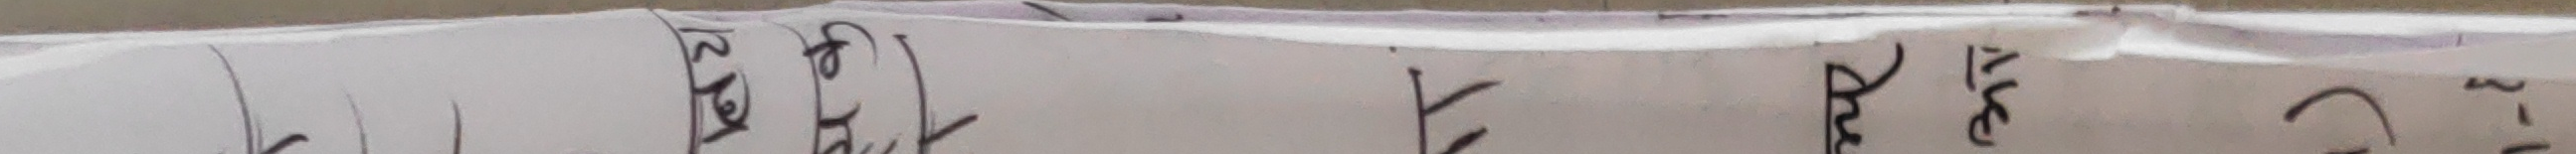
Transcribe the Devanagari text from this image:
31 बैशाख देखि